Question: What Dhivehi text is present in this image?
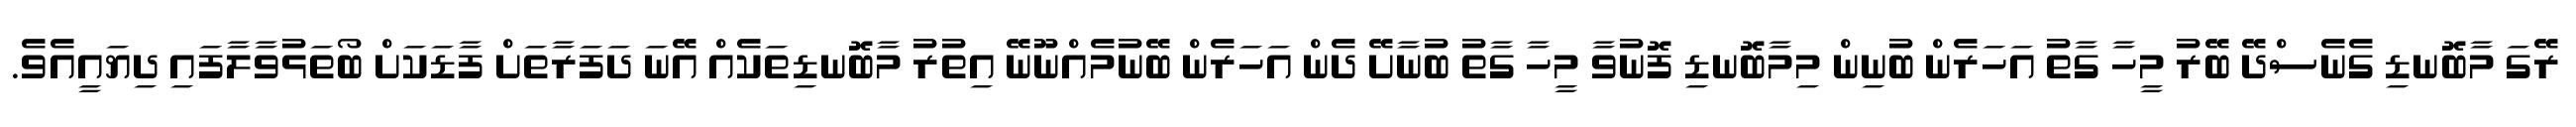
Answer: ރޭގަ މާބޮނޑި ގެނެސްދޭ ބޭރު މީހާ ގާތު އަހަރެން ބުނިން މިމާބޮނޑި ފޮނުވާ މީހާ ގާތު ބުނާށޭ ދެން އަހަރެން ބޭނުމެއްނޫނޭ އިތުރު މާބޮނޑިތަކެއް އޭނަ ދަފަރާތަށް ފާޑަކަށް ބޯތަޅުވާލާފައި ދިޔައީއެވެ.